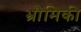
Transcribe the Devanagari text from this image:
भ्रौमिकी